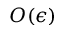
O ( \epsilon )